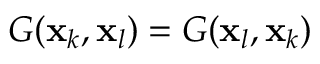
G ( \mathbf { x } _ { k } , \mathbf { x } _ { l } ) = G ( \mathbf { x } _ { l } , \mathbf { x } _ { k } )